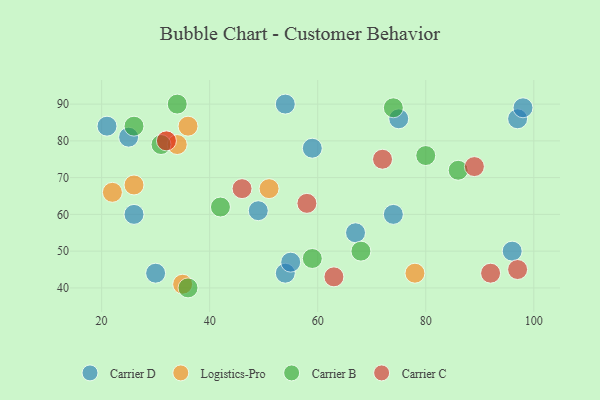
{"axis": {"x": "GDP", "y": "Life Expectancy"}, "legend": ["Carrier B", "Carrier C", "Carrier D", "Logistics-Pro"], "data": [{"x": "30", "y": 44, "type": "Carrier D"}, {"x": "59", "y": 78, "type": "Carrier D"}, {"x": "54", "y": 44, "type": "Carrier D"}, {"x": "21", "y": 84, "type": "Carrier D"}, {"x": "25", "y": 81, "type": "Carrier D"}, {"x": "97", "y": 86, "type": "Carrier D"}, {"x": "49", "y": 61, "type": "Carrier D"}, {"x": "55", "y": 47, "type": "Carrier D"}, {"x": "96", "y": 50, "type": "Carrier D"}, {"x": "98", "y": 89, "type": "Carrier D"}, {"x": "74", "y": 60, "type": "Carrier D"}, {"x": "54", "y": 90, "type": "Carrier D"}, {"x": "26", "y": 60, "type": "Carrier D"}, {"x": "75", "y": 86, "type": "Carrier D"}, {"x": "67", "y": 55, "type": "Carrier D"}, {"x": "22", "y": 66, "type": "Logistics-Pro"}, {"x": "36", "y": 84, "type": "Logistics-Pro"}, {"x": "32", "y": 80, "type": "Logistics-Pro"}, {"x": "51", "y": 67, "type": "Logistics-Pro"}, {"x": "34", "y": 79, "type": "Logistics-Pro"}, {"x": "78", "y": 44, "type": "Logistics-Pro"}, {"x": "35", "y": 41, "type": "Logistics-Pro"}, {"x": "26", "y": 68, "type": "Logistics-Pro"}, {"x": "34", "y": 90, "type": "Carrier B"}, {"x": "36", "y": 40, "type": "Carrier B"}, {"x": "86", "y": 72, "type": "Carrier B"}, {"x": "59", "y": 48, "type": "Carrier B"}, {"x": "31", "y": 79, "type": "Carrier B"}, {"x": "42", "y": 62, "type": "Carrier B"}, {"x": "68", "y": 50, "type": "Carrier B"}, {"x": "26", "y": 84, "type": "Carrier B"}, {"x": "74", "y": 89, "type": "Carrier B"}, {"x": "80", "y": 76, "type": "Carrier B"}, {"x": "58", "y": 63, "type": "Carrier C"}, {"x": "92", "y": 44, "type": "Carrier C"}, {"x": "97", "y": 45, "type": "Carrier C"}, {"x": "72", "y": 75, "type": "Carrier C"}, {"x": "89", "y": 73, "type": "Carrier C"}, {"x": "63", "y": 43, "type": "Carrier C"}, {"x": "32", "y": 80, "type": "Carrier C"}, {"x": "46", "y": 67, "type": "Carrier C"}]}